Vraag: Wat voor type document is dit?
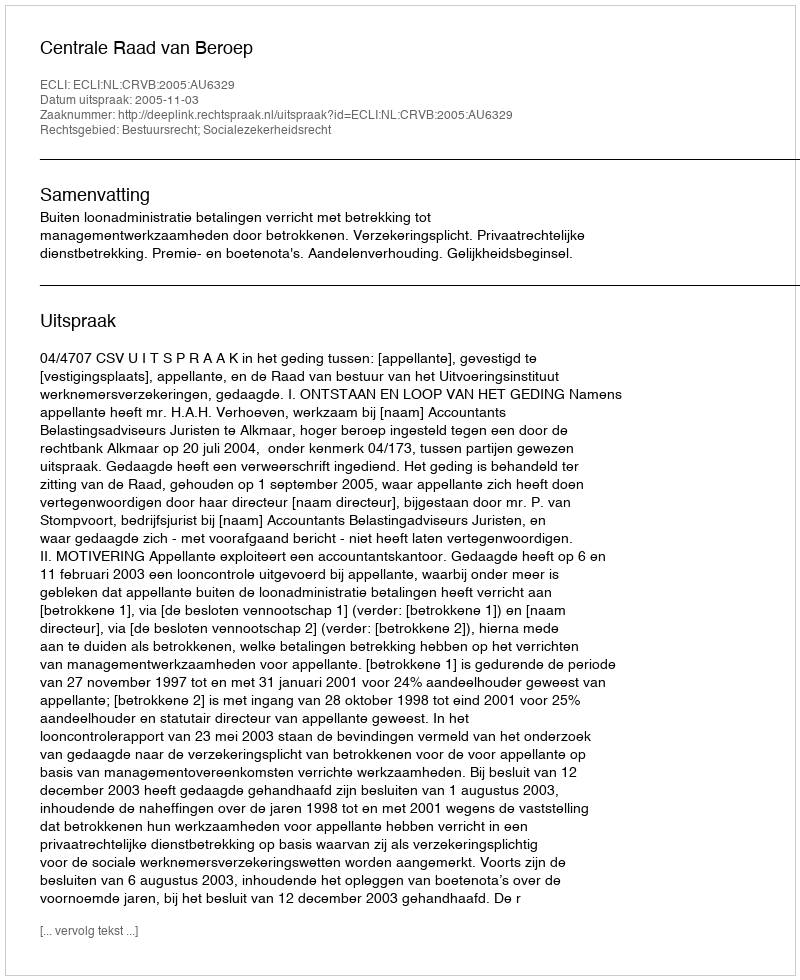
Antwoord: Uitspraak